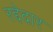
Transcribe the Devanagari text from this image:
रद्देदार